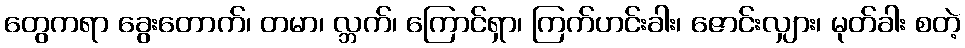
တွေကရာ ခွေးတောက်၊ တမာ၊ လ္ဘက်၊ ကြောင်ရှာ၊ ကြက်ဟင်းခါး၊ ဇောင်းလျှား၊ မုတ်ခါး စတဲ့